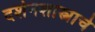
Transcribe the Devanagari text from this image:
दर्शनशास्त्राचे